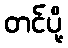
တင်ပို့